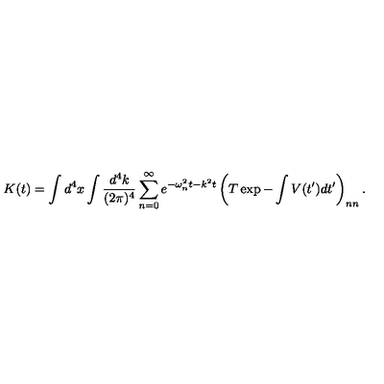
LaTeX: K ( t ) = \int d ^ { 4 } x \int { \frac { d ^ { 4 } k } { ( 2 \pi ) ^ { 4 } } } \sum _ { n = 0 } ^ { \infty } e ^ { - \omega _ { n } ^ { 2 } t - k ^ { 2 } t } \left( T \exp - \int V ( t ^ { \prime } ) d t ^ { \prime } \right) _ { n n } .